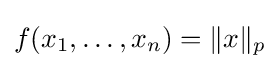
{\textstyle f(x_{1},\dots ,x_{n})=\|x\|_{p}}